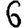
Digit: 6